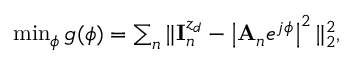
\begin{array} { r } { \operatorname* { m i n } _ { \phi } g ( \phi ) = \sum _ { n } \| { \bf { I } } _ { n } ^ { z _ { d } } - \left| { { \bf A } _ { n } } e ^ { j \phi } \right| ^ { 2 } \| _ { 2 } ^ { 2 } , } \end{array}